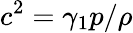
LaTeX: c^{2}=\gamma_{1}p/\rho